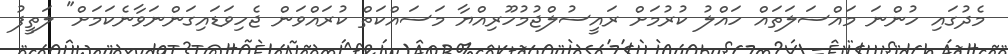
މެދުގައި ހުންނަ މައްސަލަތައް ހައްލު ކުރުމަށް ރައީސުލްޖުމުހޫރިއްޔާ މަސައްކަތް ކުރައްވަން ޖެހިވަޑައިގަންނަވާނެކަމަށް" ލަތީފު